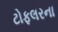
ટોફલરના